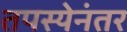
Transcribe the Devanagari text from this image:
तपस्येनंतर